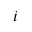
i